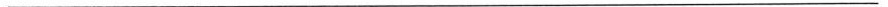
___